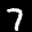
Label: 7